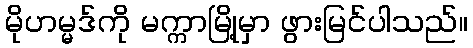
မိုဟမ္မဒ်ကို မက္ကာမြို့မှာ ဖွားမြင်ပါသည်။